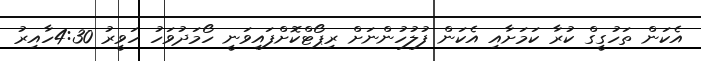
އެކަން ތަހުގީގް ކުރާ ކަމަށާއި އެކަން ފުލުހުންނަށް ރިޕޯޓްކޮށްފައިވަނީ ހޯމަދުވަހު ހަވީރު 4:30ހާއިރު